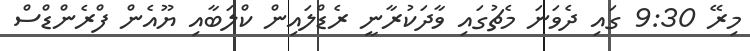
މިރޭ 9:30 ގައި ދެވަނަ މެޗުގައި ވާދަކުރާނީ ރެޑްލައިން ކްލަބާއި ޔޫއެން ފްރެންޑްސް